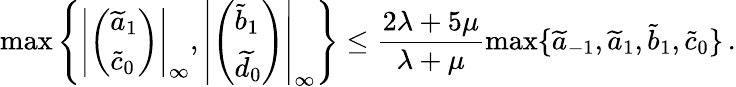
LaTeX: \operatorname*{max}\left\{ \left|\left(\begin{array}{l}{\widetilde a_{1}}\\ {\widetilde c_{0}}\end{array}\right)\right|_{\infty},\left|\left(\begin{array}{l}{\widetilde b_{1}}\\ {\widetilde d_{0}}\end{array}\right)\right|_{\infty}\right\} \le\frac{2\lambda+5\mu}{\lambda+\mu}\operatorname*{max}\{ \widetilde a_{-1},\widetilde a_{1},\widetilde b_{1},\widetilde c_{0}\} \, .